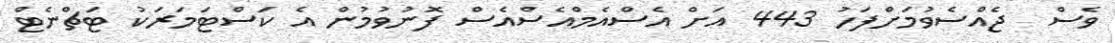
ވެސް  ޖެއްސެވުމަށްފަހު 443 އަށް އެސްއެމްއެސްއެސް ފޮނުވުމުން އެ ކަސްޓަމަރަކު ޓަޗްނެޓް